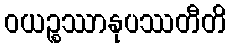
ဝယဉ္စဿာနုပဿတီတိ